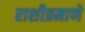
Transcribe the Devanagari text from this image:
राशीप्रमाणे